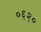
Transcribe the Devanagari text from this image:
०६२०